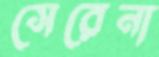
সেরেনা